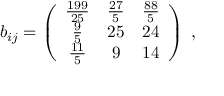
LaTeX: b _ { i j } = \left( \begin{array} { c c c } { { { \frac { 1 9 9 } { 2 5 } } } } & { { { \frac { 2 7 } { 5 } } } } & { { { \frac { 8 8 } { 5 } } } } \\ { { { \frac { 9 } { 5 } } } } & { { 2 5 } } & { { 2 4 } } \\ { { { \frac { 1 1 } { 5 } } } } & { { 9 } } & { { 1 4 } } \end{array} \right) \; ,